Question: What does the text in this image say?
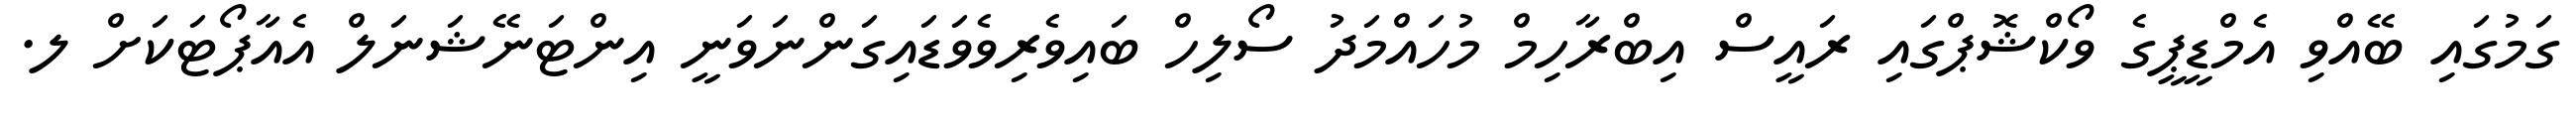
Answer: ގަމުގައި ބޭއްވި އެމްޑީޕީގެ ވޯކްޝޮޕްގައި ރައީސް އިބްރާހިމް މުހައްމަދު ސޯލިހް ބައިވެރިވެވަޑައިގަންނަވަނީ އިންޓަނޭޝަނަލް އެއާޕޯޓަކަށް ލ.